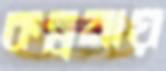
কল্পনায়